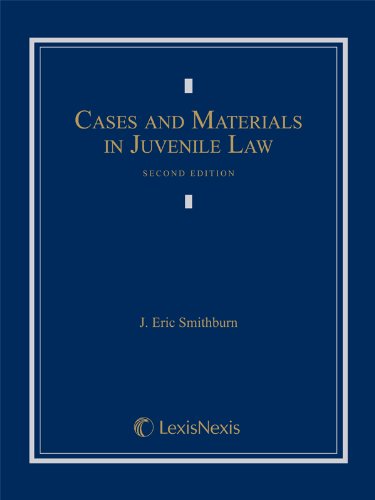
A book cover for Cases and Materials in Juvenile Law; J. Eric Smithburn; Law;